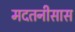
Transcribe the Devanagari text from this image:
मदतनीसास